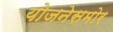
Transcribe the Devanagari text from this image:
योजनेसमोर